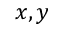
x , y